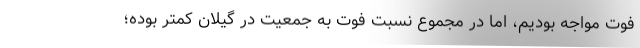
فوت مواجه بودیم، اما در مجموع نسبت فوت به جمعیت در گیلان کمتر بوده؛